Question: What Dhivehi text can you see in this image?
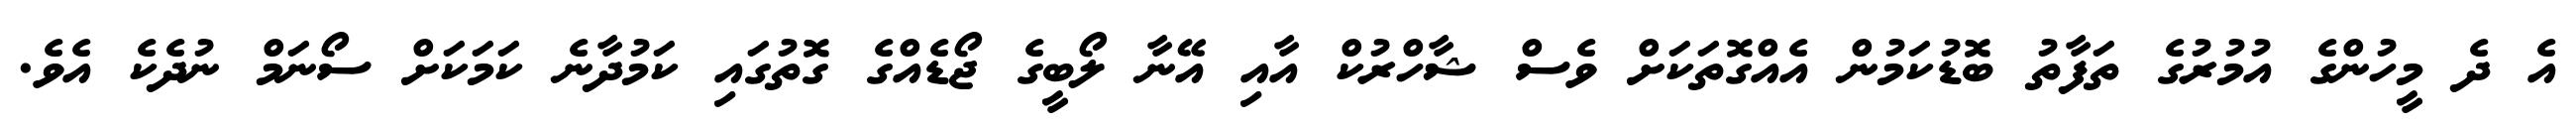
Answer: އެ ދެ މީހުންގެ އުމުރުގެ ތަފާތު ބޮޑުކަމުން އެއްގޮތަކަށް ވެސް ޝާހްރުކް އާއި އޭނާ ލޯބީގެ ޖޯޑެއްގެ ގޮތުގައި ކަމުދާނެ ކަމަކަށް ސޯނަމް ނުދެކެ އެވެ.